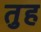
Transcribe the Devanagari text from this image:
तुह